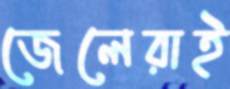
জেলেরাই